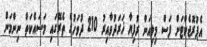
އެޕުރޮޖެކްޓަށް ފަސް މިލިއަން ރުފިޔާ ޚަރަދުވާއިރު 210 ދުވަހުގެ ތެރޭގައި މަސައްކަތް ނިންމަން